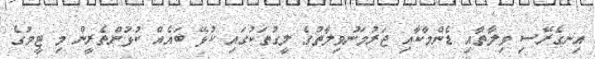
އިނގެރޭސި ވިލާތާއި ޑެންމާކާއި ޖަރުމަނުވިލާތުގެ ލީގުތަކުގައި ކުޅޭ ބައެއް ކުޅުންތެރީން މި ޓީމުގެ